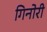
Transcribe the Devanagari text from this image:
गिनोरी